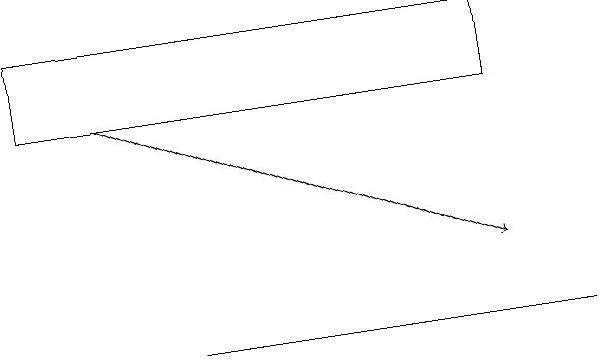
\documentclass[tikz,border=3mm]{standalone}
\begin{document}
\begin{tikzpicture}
\draw (8,11) rectangle (3,11);
\draw[->] (2,14) -- (7,12);
\draw (1,15) rectangle (7,14);
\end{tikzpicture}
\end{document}